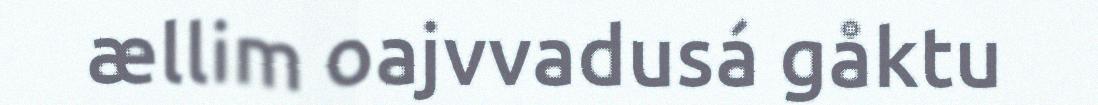
ællim oajvvadusá gåktu